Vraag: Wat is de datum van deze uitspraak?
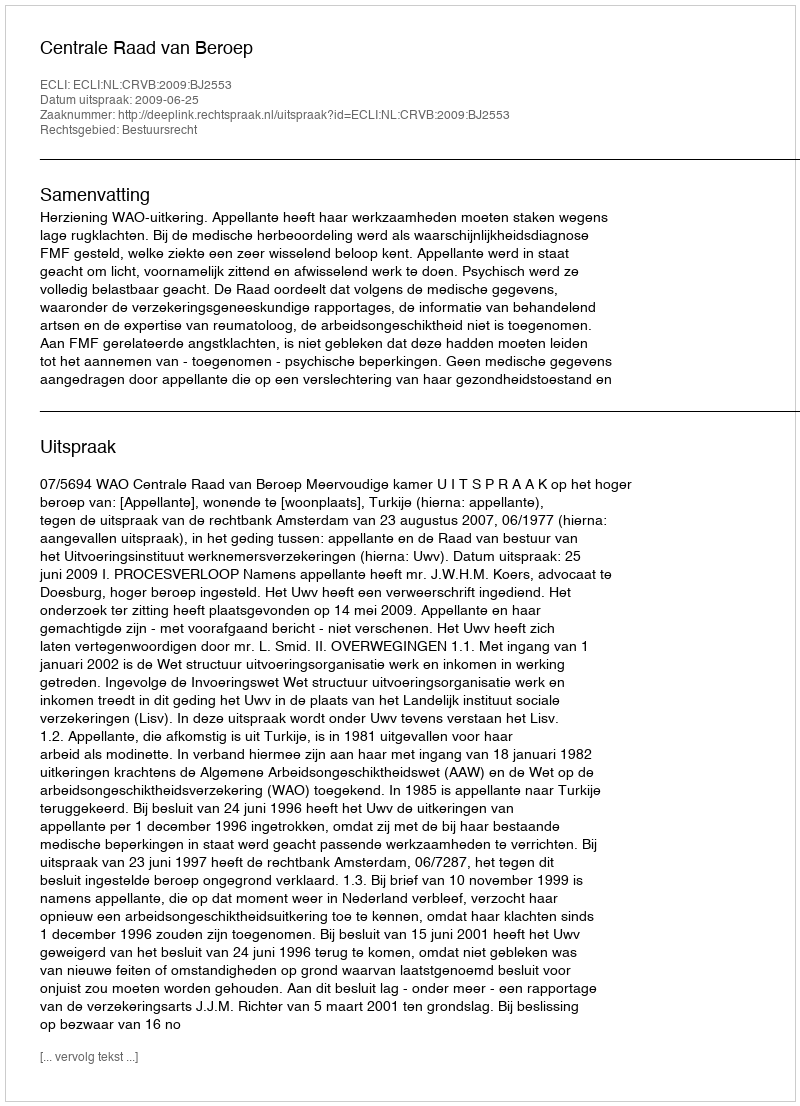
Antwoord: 2009-06-25